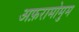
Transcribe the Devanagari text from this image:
अफ़रामोमुम